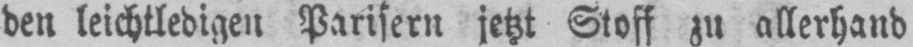
den leichtlebigen Parisern jetzt Stoff zu allerhand